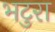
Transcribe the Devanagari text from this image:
भटुरा